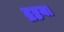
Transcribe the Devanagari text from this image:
द्रष्टया